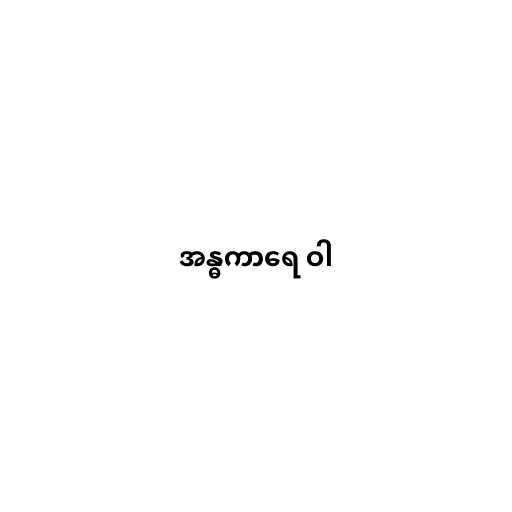
အန္ဓကာရေ ဝါ